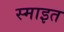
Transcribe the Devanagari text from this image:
स्माइत